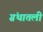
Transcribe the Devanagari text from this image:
ग्रंथातली